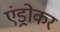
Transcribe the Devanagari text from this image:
एंड्रोकर